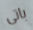
باتى